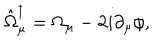
\hat { \Omega } _ { \mu } ^ { \dagger } = \Omega _ { \mu } - 2 i \partial _ { \mu } \phi ,